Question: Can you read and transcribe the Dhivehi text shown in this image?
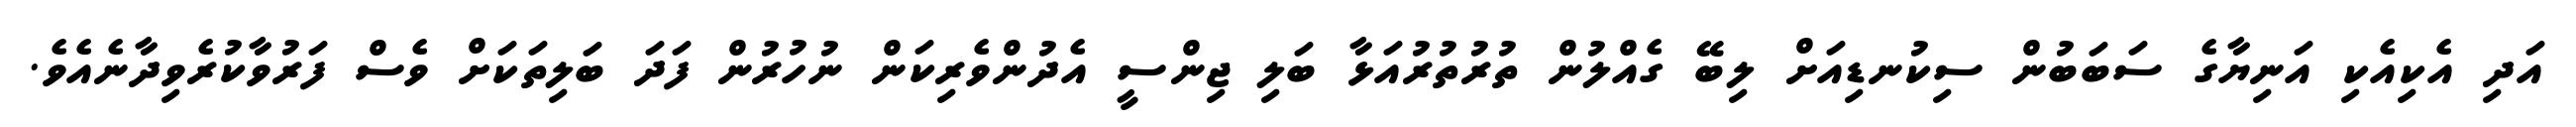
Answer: އަދި އެކިއެކި އަނިޔާގެ ސަބަބުން ސިކުނޑިއަށް ލިބޭ ގެއްލުން ތުރުތުރުއަޅާ ބަލި ޖިންސީ އެދުންވެރިކަން ނުހުރުން ފަދަ ބަލިތަކަށް ވެސް ފަރުވާކުރެވިދާނެއެވެ.